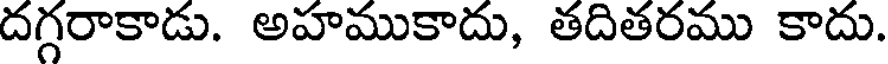
దగ్గరాకాడు. అహముకాదు, తదితరము కాదు.